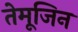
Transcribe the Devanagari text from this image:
तेमूजिन